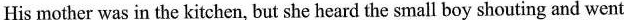
His mother was in the kitchen, but she heard the small boy shouting and went